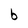
Character: b